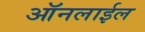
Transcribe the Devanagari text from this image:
ऑनलाईल